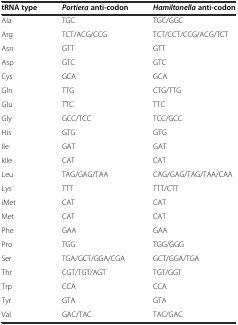
<table><thead><tr><td><b>tRNA type</b></td><td><b><i>Portiera</i>anti-codon</b></td><td><b><i>Hamiltonella</i>anti-codon</b></td></tr></thead><tbody><tr><td>Ala</td><td>TGC</td><td>TGC/GGC</td></tr><tr><td>Arg</td><td>TCT/ACG/CCG</td><td>TCT/CCT/CCG/ACG/TCT</td></tr><tr><td>Asn</td><td>GTT</td><td>GTT</td></tr><tr><td>Asp</td><td>GTC</td><td>GTC</td></tr><tr><td>Cys</td><td>GCA</td><td>GCA</td></tr><tr><td>Gln</td><td>TTG</td><td>CTG/TTG</td></tr><tr><td>Glu</td><td>TTC</td><td>TTC</td></tr><tr><td>Gly</td><td>GCC/TCC</td><td>TCC/GCC</td></tr><tr><td>His</td><td>GTG</td><td>GTG</td></tr><tr><td>Ile</td><td>GAT</td><td>GAT</td></tr><tr><td>kIle</td><td>CAT</td><td>CAT</td></tr><tr><td>Leu</td><td>TAG/GAG/TAA</td><td>CAG/GAG/TAG/TAA/CAA</td></tr><tr><td>Lys</td><td>TTT</td><td>TTT/CTT</td></tr><tr><td>iMet</td><td>CAT</td><td>CAT</td></tr><tr><td>Met</td><td>CAT</td><td>CAT</td></tr><tr><td>Phe</td><td>GAA</td><td>GAA</td></tr><tr><td>Pro</td><td>TGG</td><td>TGG/GGG</td></tr><tr><td>Ser</td><td>TGA/GCT/GGA/CGA</td><td>GCT/GGA/TGA</td></tr><tr><td>Thr</td><td>CGT/TGT/AGT</td><td>TGT/GGT</td></tr><tr><td>Trp</td><td>CCA</td><td>CCA</td></tr><tr><td>Tyr</td><td>GTA</td><td>GTA</td></tr><tr><td>Val</td><td>GAC/TAC</td><td>TAC/GAC</td></tr></tbody></table>